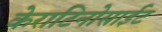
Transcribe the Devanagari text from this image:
केराटिनोसाईट